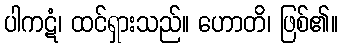
ပါကဋံ၊ ထင်ရှားသည်။ ဟောတိ၊ ဖြစ်၏။